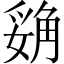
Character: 𲁝